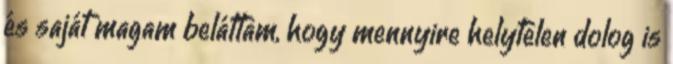
és saját magam beláttam, hogy mennyire helytelen dolog is